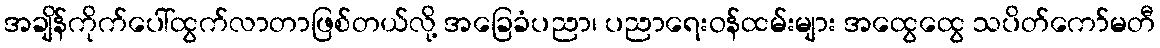
အချိန်ကိုက်ပေါ်ထွက်လာတာဖြစ်တယ်လို့ အခြေခံပညာ၊ ပညာရေးဝန်ထမ်းများ အထွေထွေ သပိတ်ကော်မတီ